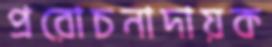
প্ররোচনাদায়ক